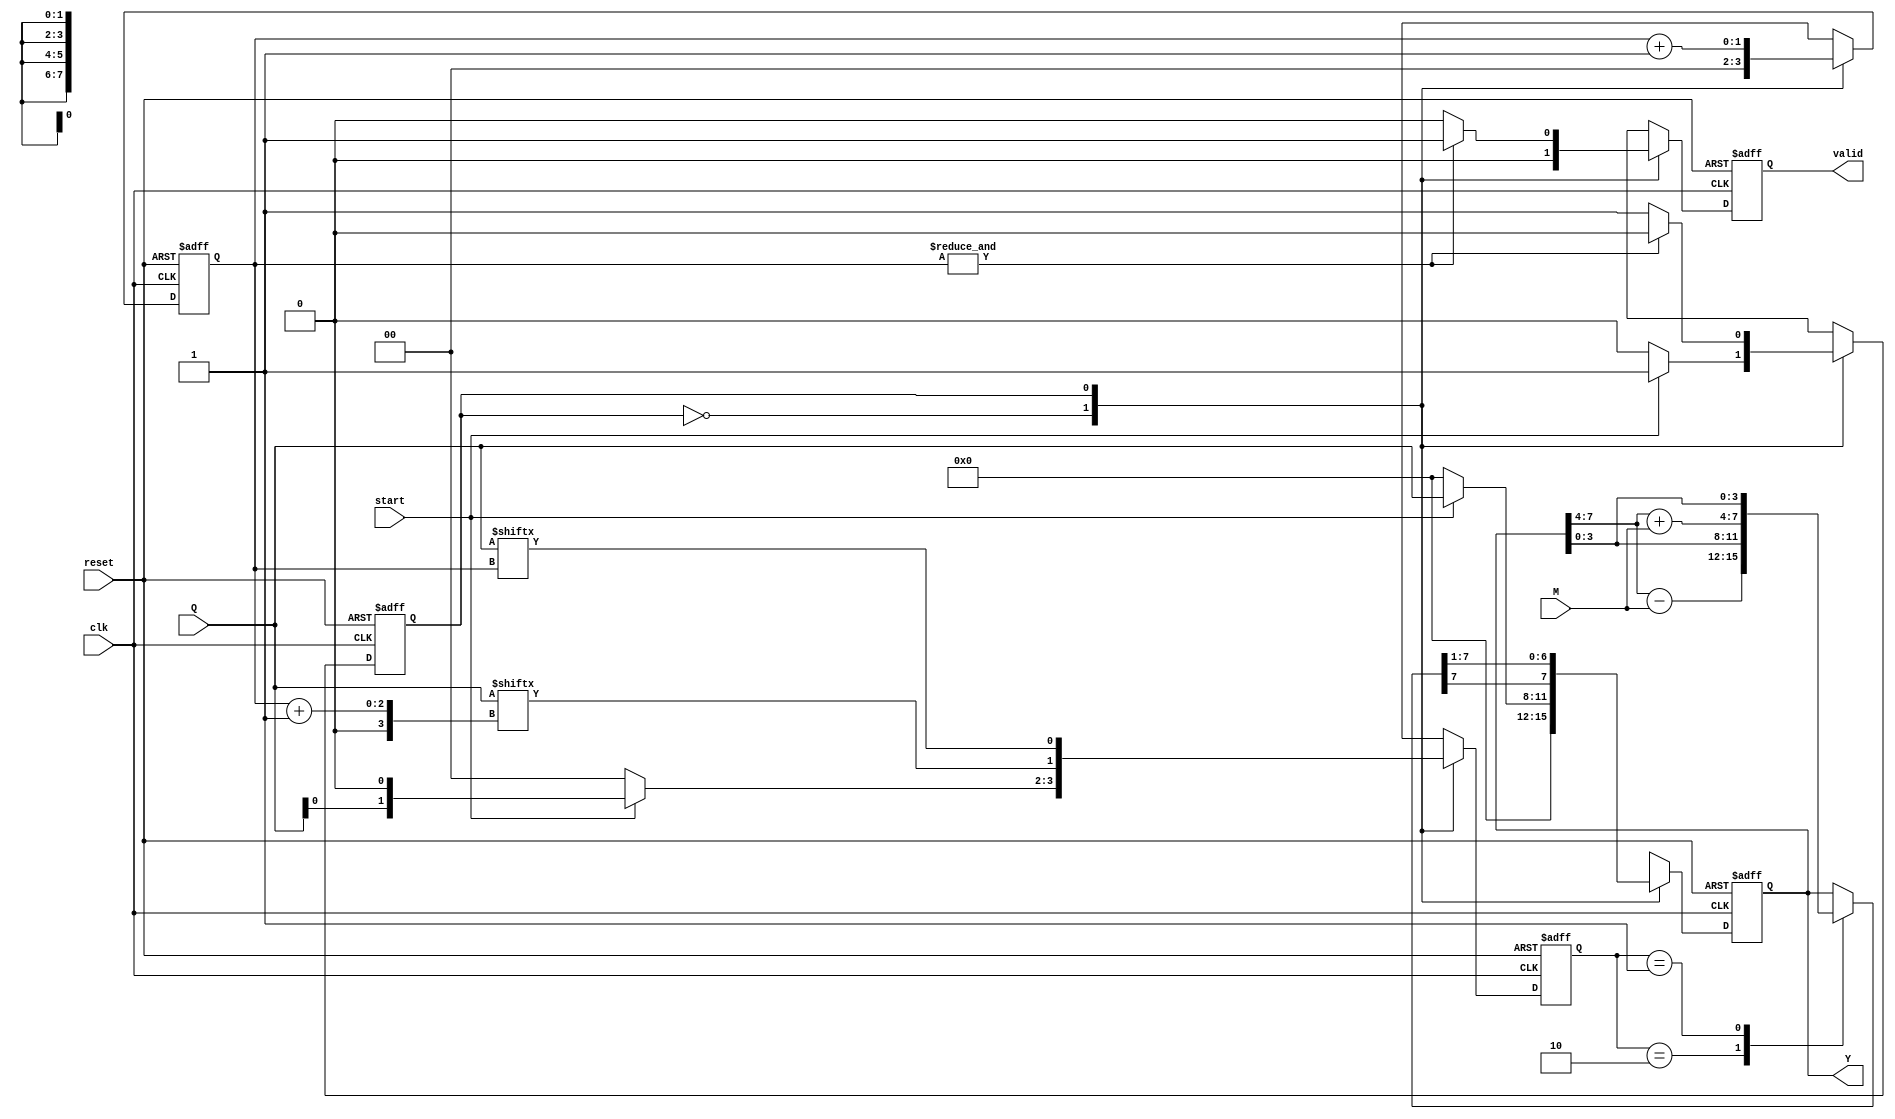
`timescale 1ns / 1ps
//////////////////////////////////////////////////////////////////////////////////
// Company: 
// Engineer: 
// 
// Design Name: 
// Module Name: BOOTHS MULTIPLIER
// Project Name: 
// Target Devices: 
// Tool Versions: 
// Description: 
// 
// Dependencies: 
// 
// Revision:
// Revision 0.01 - File Created
// Additional Comments:
// 
//////////////////////////////////////////////////////////////////////////////////


//Booths Algoritm singed multiplecation
module Booths_Multiplication#(parameter NUMBER_OF_BITS = 4)
                             (input signed[NUMBER_OF_BITS-1:0] M,Q,
							  input clk,reset,start,
							  output reg signed [(2*NUMBER_OF_BITS)-1:0] Y,
							   output reg valid);


reg signed [(2*NUMBER_OF_BITS)-1:0] next_Y,Y_temp;
reg next_state, pres_state;
reg [1:0] temp,next_temp;
reg [1:0] count,next_count;
reg  next_valid;

parameter IDLE = 1'b0;
parameter START = 1'b1;

always @ (posedge clk or negedge reset)
begin
if(!reset)
begin
  Y          <= 8'd0;
  valid      <= 1'b0;
  pres_state <= IDLE;
  temp       <= 2'd0;
  count      <= 2'd0;
end
else
begin
  Y          <= next_Y;
  valid      <= next_valid;
  pres_state <= next_state;
  temp       <= next_temp;
  count      <= next_count;
end
end

always @ (*)
begin 
case(pres_state)
IDLE:
begin
next_count = 2'b0;
next_valid = 1'b0;
if(start)
begin
    next_state = START;
    next_temp  = {Q[0],1'b0};
    next_Y     = {4'd0,Q};
end
else
begin
    next_state = pres_state;
    next_temp  = 2'd0;
    next_Y     = 8'd0;
end
end

START:
begin
    case(temp)
    2'b10:   Y_temp = {Y[7:4]-M,Y[3:0]};
    2'b01:   Y_temp = {Y[7:4]+M,Y[3:0]};
    default: Y_temp = {Y[7:4],Y[3:0]};
    endcase
next_temp  = {Q[count+1],Q[count]};
next_count = count + 1'b1;
next_Y     = Y_temp >>> 1;
next_valid = (&count) ? 1'b1 : 1'b0; 
next_state = (&count) ? IDLE : pres_state;	
end
endcase
end
endmodule